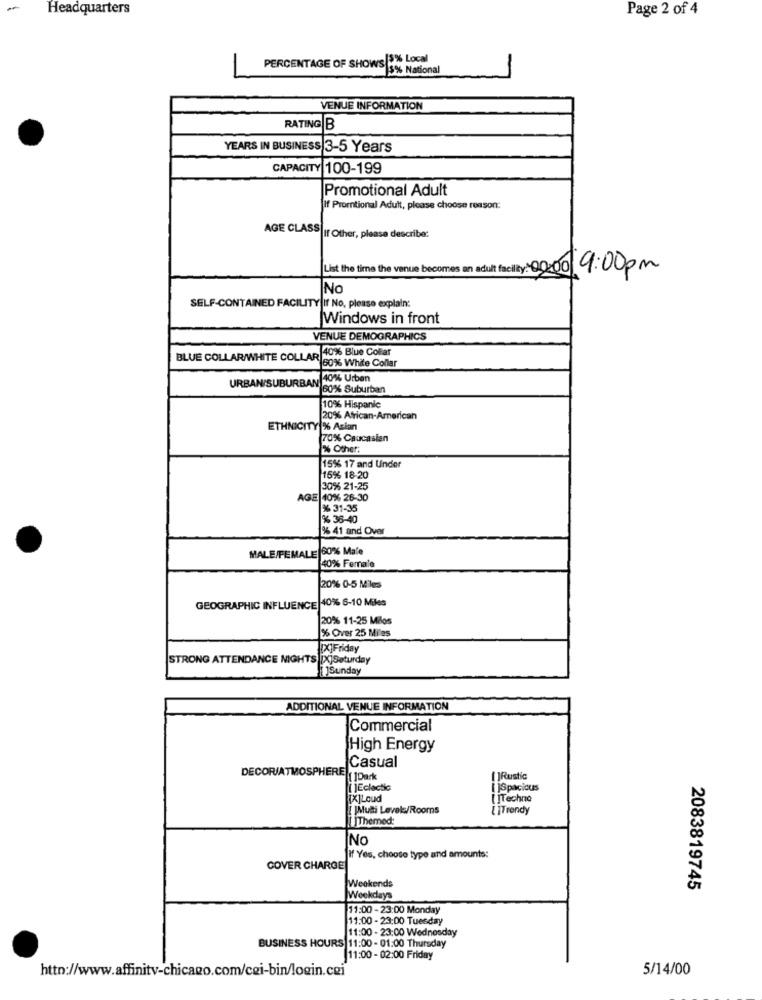
-
Headquarters
Page 2 of 4
PERCENTAGE OF SHOWS $% Local
>$% National
VENUE INFORMATION
RATING B
YEARS IN BUSINESS 3-5 Years
CAPACITY 100-199
Promotional Adult
If Promtional Adult, please choose reason:
AGE CLASS|If Other, please describe:
List the time the venue becomes an adult facility:00:00 9:00pm
No
SELF-CONTAINED FACILITY If No, please explain:
Windows in front
VENUE DEMOGRAPHICS
40% Blue Collar
BLUE COLLAR/WHITE COLLAR 40
60% White Collar
URBAN/SUBURBAN
40% Urben
60% Suburban
10% Hispanic
20% African-American
ETHNICITY % Asian
70% Caucasian
%% Other:
15% 17 and Under
15% 18-20
30% 21-25
AGE 10% 26-30
% 31-35
% 36-40
9% 41 and Over
MALE/FEMALE 60% Male
40% Ferrale
20% 0-5 Miles
GEOGRAPHIC INFLUENCE 40% 6-10 Miles
20% 11-25 Milos
% Over 25 Miles
[X]Friday
STRONG ATTENDANCE NIGHTS [X]Saturday
Sunday
ADDITIONAL VENUE INFORMATION
Commercial
High Energy
Casual
DECORJATMOSPHERE
[]Rustic
[]Eclectic
[ ]Spacious
[X]Loud
[ ITechno
Mutti Levels/Roomns
[ ]Trendy
Themed:
No
If Yes, choose type and amounts:
COVER CHARGE
Weekends
2083819745
Weekdays
11:00 - 23:00 Monday
11:00 - 23:00 Tuesday
11:00 - 23:00 Wednesday
BUSINESS HOURS 11:00- 01:00 Thursday
11:00 - 02:00 Friday
http://www.affinitv-chicago.com/cei-bin/login.coi
5/14/00